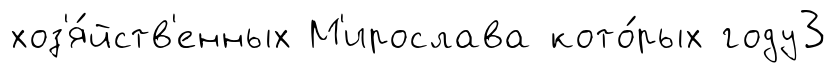
хоз'я́йств'енных М'ирослава кото́рых году3